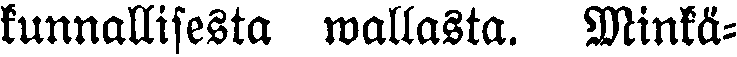
kunnallisesta wallasta. Minkä-